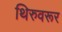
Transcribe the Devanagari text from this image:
थिरुवरूर